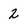
Character: 2